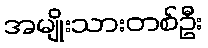
အမျိုးသားတစ်ဦး